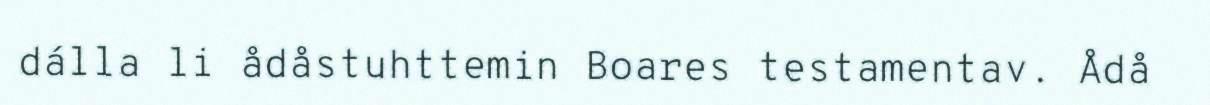
dálla li ådåstuhttemin Boares testamentav. Ådå